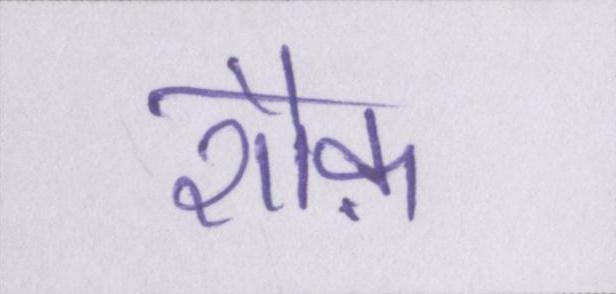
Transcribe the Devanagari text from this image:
शौक़